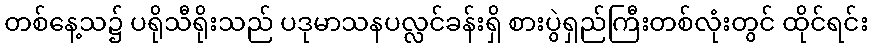
တစ်နေ့သ၌ ပရိုသီရိုးသည် ပဒုမာသနပလ္လင်ခန်းရှိ စားပွဲရှည်ကြီးတစ်လုံးတွင် ထိုင်ရင်း